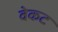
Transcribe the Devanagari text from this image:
वेकट